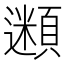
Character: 𩔢